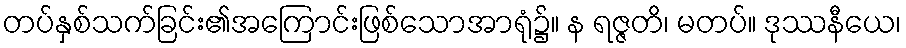
တပ်နှစ်သက်ခြင်း၏အကြောင်းဖြစ်သောအာရုံ၌။ န ရဇ္ဇတိ၊ မတပ်။ ဒုဿနီယေ၊